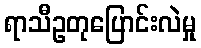
ရာသီဥတုပြောင်းလဲမှု